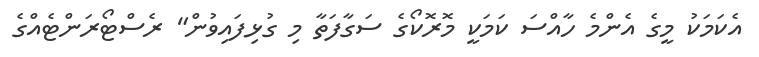
އެކަމަކު މީގެ އެންމެ ހާއްސަ ކަމަކީ މޮރޮކޯގެ ސަގާފަތާ މި ގުޅިފައިވުން" ރެސްޓޯރަންޓެއްގެ